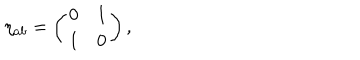
LaTeX: \eta _ { a b } = \left( \begin{array} { c c } { { 0 } } & { { 1 } } \\ { { 1 } } & { { 0 } } \\ \end{array} \right) ,